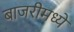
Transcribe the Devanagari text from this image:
बाजरीमध्ये